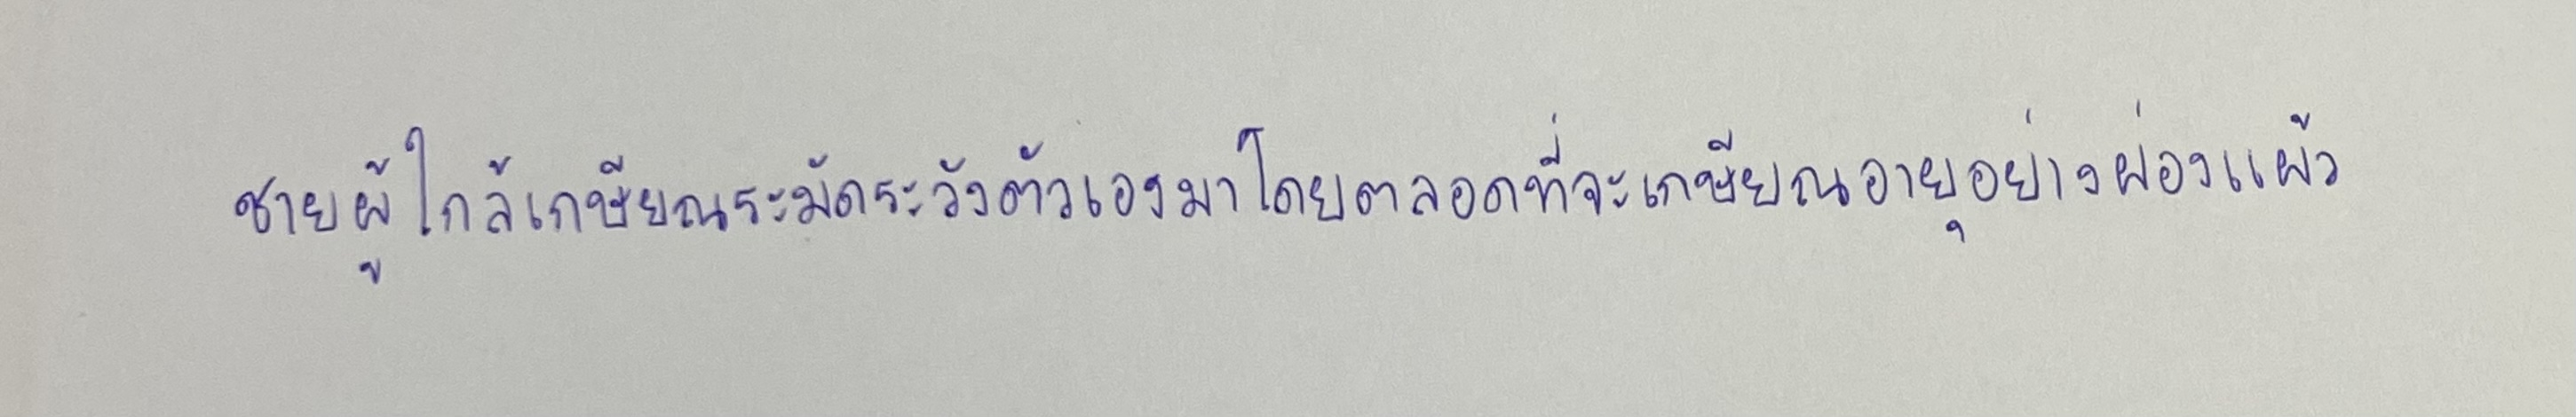
ชายผู้ใกล้เกษียณระมัดระวังตัวเองมาโดยตลอดที่จะเกษียณอายุอย่างผ่องแผ้ว